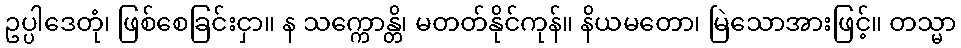
ဥပ္ပါဒေတုံ၊ ဖြစ်စေခြင်းငှာ။ န သက္ကောန္တိ၊ မတတ်နိုင်ကုန်။ နိယမတော၊ မြဲသောအားဖြင့်။ တသ္မာ